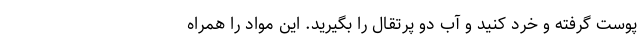
پوست گرفته و خرد کنید و آب دو پرتقال را بگیرید. این مواد را همراه